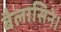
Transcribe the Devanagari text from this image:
बैलासिने।